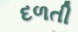
દળતી